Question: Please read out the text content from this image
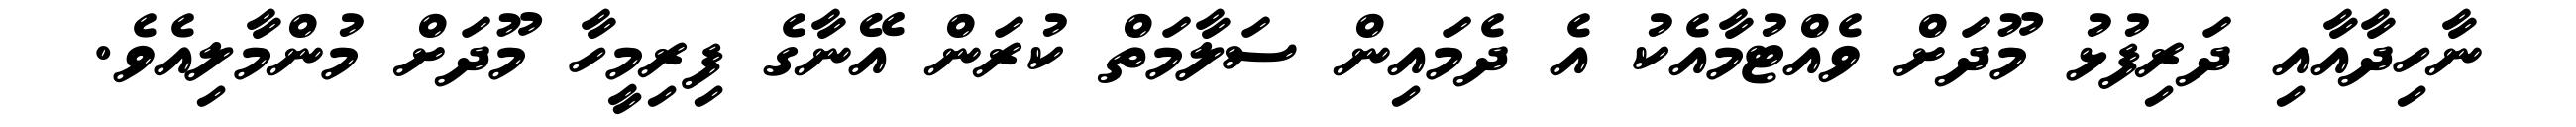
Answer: ނާހިދާއާއި ދަރިފުޅު މޫދަށް ވެއްޓުމާއެކު އެ ދެމައިން ސަލާމަތް ކުރަން އޭނާގެ ފިރިމީހާ މޫދަށް މުންމާލިއެވެ.